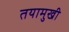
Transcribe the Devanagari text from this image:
तयामुखी